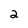
Character: 2